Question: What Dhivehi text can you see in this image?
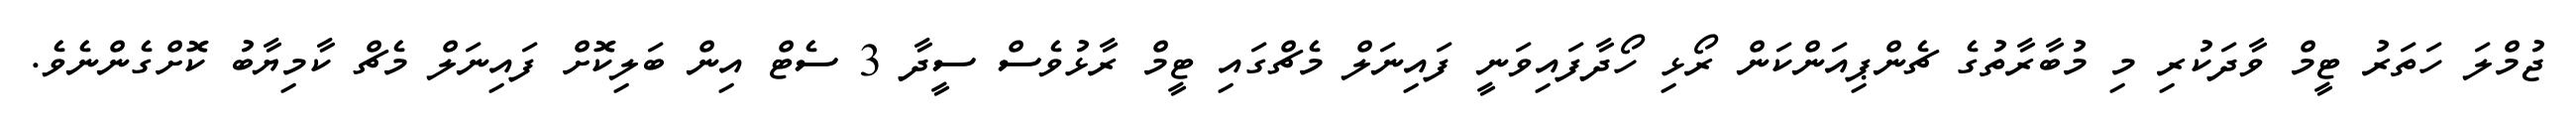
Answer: ޖުމްލަ ހަތަރު ޓީމް ވާދަކުރި މި މުބާރާތުގެ ޗެންޕިއަންކަން ރޯޅި ހޯދާފައިވަނީ ފައިނަލް މެޗްގައި ޓީމް ރާޅުވެސް ސީދާ 3 ސެޓް އިން ބަލިކޮށް ފައިނަލް މެޗް ކާމިޔާބު ކޮށްގެންނެވެ.